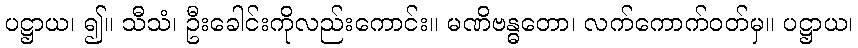
ပဋ္ဌာယ၊ ၍။ သီသံ၊ ဦးခေါင်းကိုလည်းကောင်း။ မဏိဗန္ဓတော၊ လက်ကောက်ဝတ်မှ။ ပဋ္ဌာယ၊